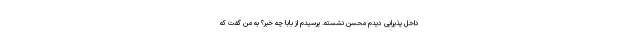
داخل پذیرایی دیدم محسن نشسته. پرسیدم از بابا چه خبر؟ به من گفت که